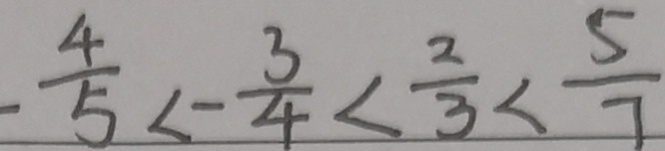
\frac { 4 } { 5 } < - \frac { 3 } { 4 } < \frac { 2 } { 3 } < \frac { 5 } { 7 }